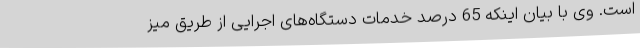
است. وی با بیان اینکه 65 درصد خدمات دستگاه‌های اجرایی از طریق میز